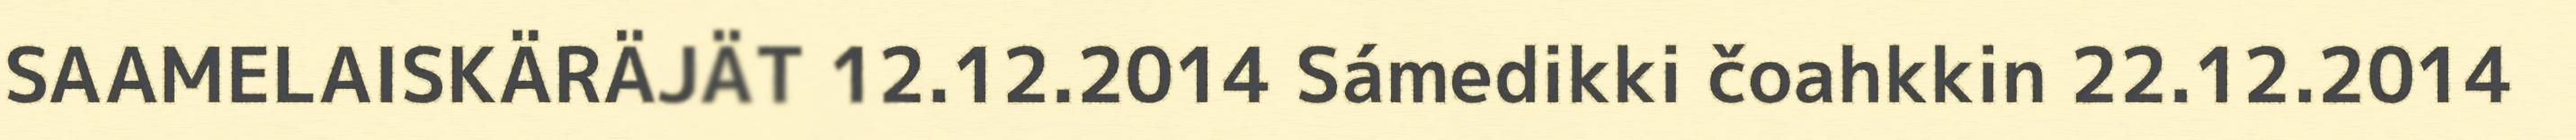
SAAMELAISKÄRÄJÄT 12.12.2014 Sámedikki čoahkkin 22.12.2014